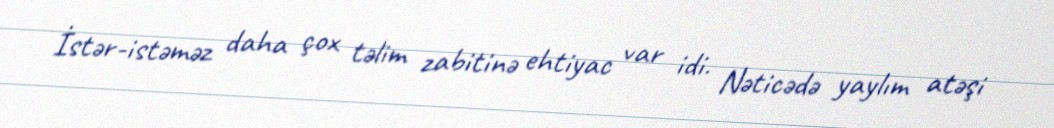
İstər-istəməz daha çox təlim zabitinə ehtiyac var idi. Nəticədə yaylım atəşi